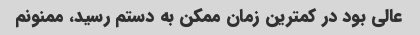
عالی بود در کمترین زمان ممکن به دستم رسید، ممنونم